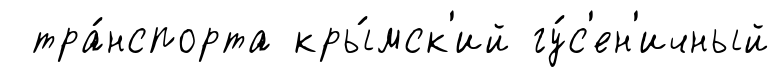
тра́нспорта кры́мск'ий гу́с'ен'ичный